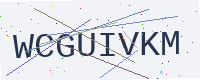
Text: WCGUIVKM